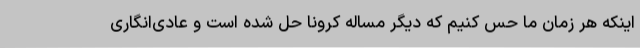
اینکه هر زمان ما حس کنیم که دیگر مساله کرونا حل شده است و عادی‌انگاری